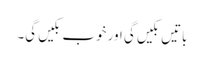
باتیں بکیں گی اور خوب بکیں گی۔